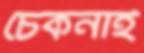
চেকনাই